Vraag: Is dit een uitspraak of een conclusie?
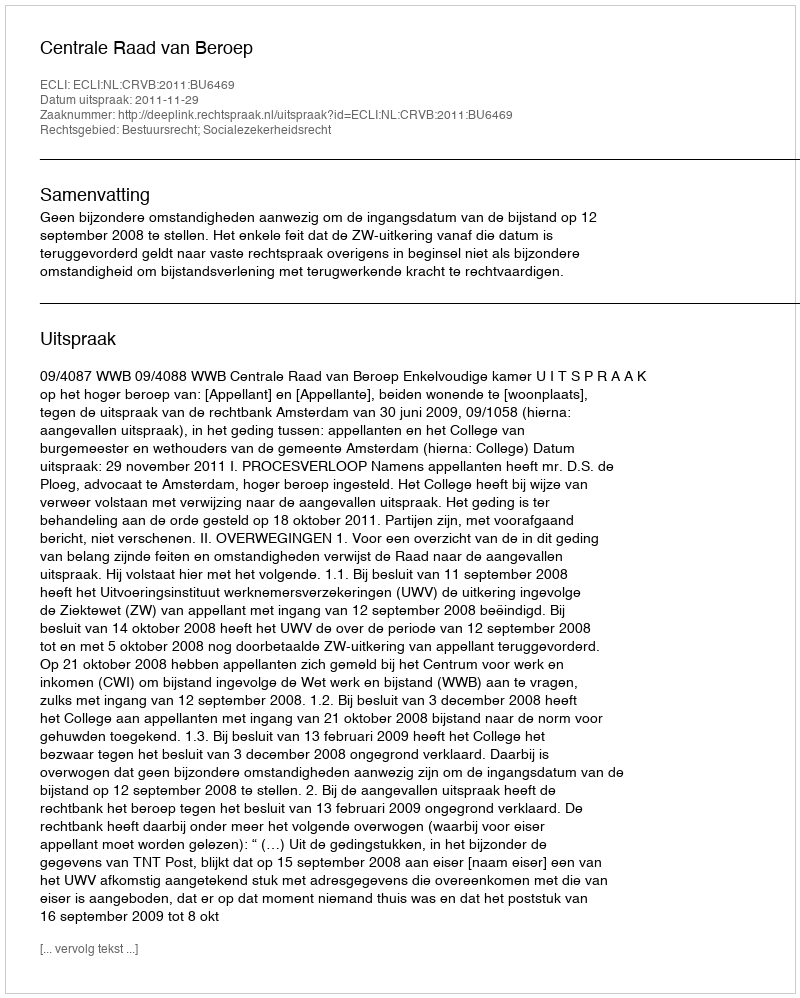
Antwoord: Uitspraak